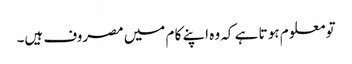
تو معلو م ہو تا ہے کہ وہ اپنے کا م میں مصروف ہیں۔